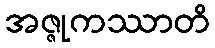
အဇ္ဇုကဿာတိ